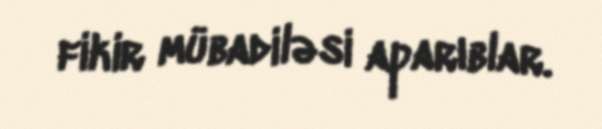
fikir mübadiləsi aparıblar.